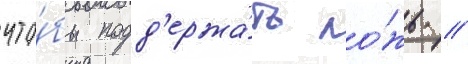
что́бы подд'ержа́ть ло́жь /